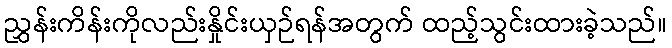
ညွှန်းကိန်းကိုလည်းနှိုင်းယှဉ်ရန်အတွက် ထည့်သွင်းထားခဲ့သည်။